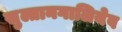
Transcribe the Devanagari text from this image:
सुल्तानगालियेव